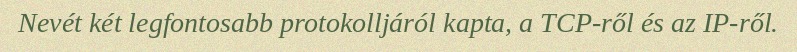
Nevét két legfontosabb protokolljáról kapta, a TCP-ről és az IP-ről.